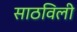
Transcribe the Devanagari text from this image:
साठविली